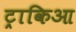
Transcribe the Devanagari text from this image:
ट्राकिआ